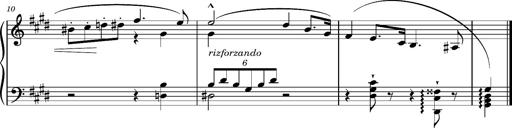
Title: Album-Leaf 'Andante molto expressivo'
Composer: Franz Liszt
Key: G-sharp minor